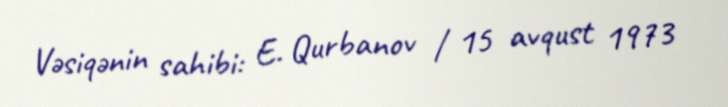
Vəsiqənin sahibi: E. Qurbanov / 15 avqust 1973